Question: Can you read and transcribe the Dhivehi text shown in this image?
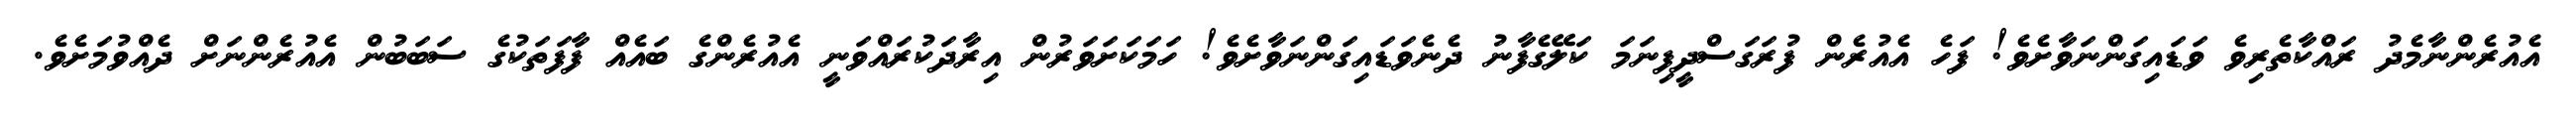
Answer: އެއުރެންނާމެދު ރައްކާތެރިވެ ވަޑައިގަންނަވާށެވެ! ފަހެ އެއުރެން ފުރަގަސްދީފިނަމަ ކަލޭގެފާނު ދެނެވަޑައިގަންނަވާށެވެ! ހަމަކަށަވަރުން އިރާދަކުރައްވަނީ އެއުރެންގެ ބައެއް ފާފަތަކުގެ ސަބަބުން އެއުރެންނަށް ދެއްވުމަށެވެ.